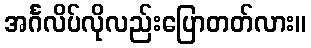
အင်္ဂလိပ်လိုလည်းပြောတတ်လား။